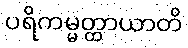
ပရိကမ္မတ္ထာယာတိ